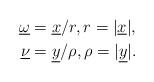
LaTeX: \begin{align*}\underline\omega&=\underline x/r,r=\vert\underline x\vert,\\\underline\nu&=\underline y/\rho,\rho=\vert\underline y\vert.\end{align*}